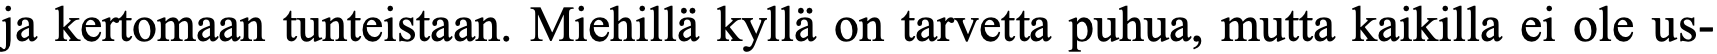
ja kertomaan tunteistaan. Miehillä kyllä on tarvetta puhua, mutta kaikilla ei ole us-